Vaccination United Provinces of Agra and Oudh 1902-1913 - 1902-1913
Year: 1902
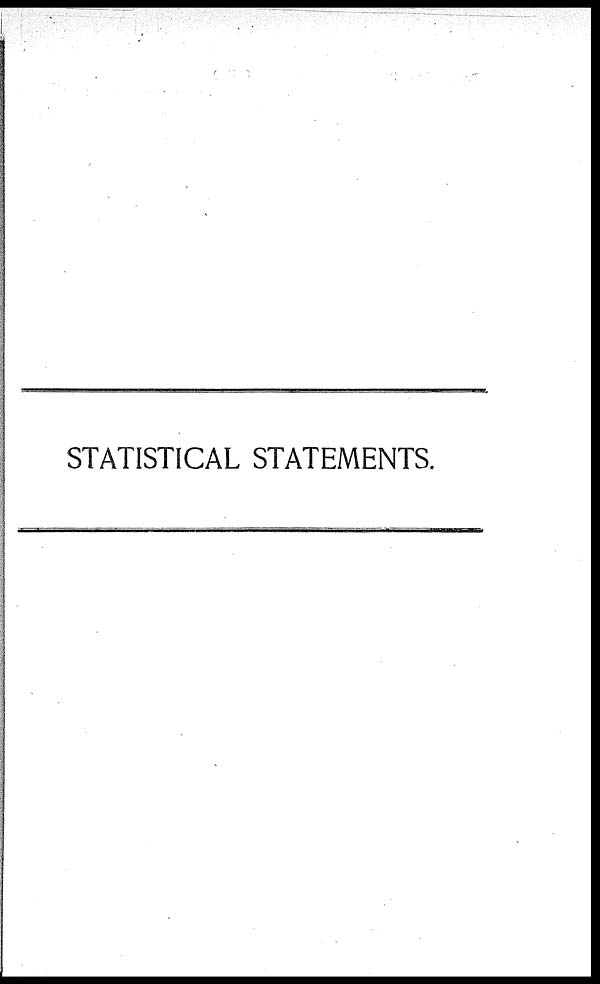
STATISTICAL STATEMENTS.